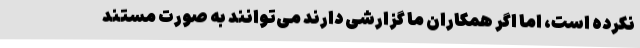
نکرده است، اما اگر همکاران ما گزارشی دارند می‌توانند به صورت مستند